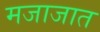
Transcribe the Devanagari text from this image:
मजाजात